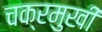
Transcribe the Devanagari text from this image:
चक्रमुखी